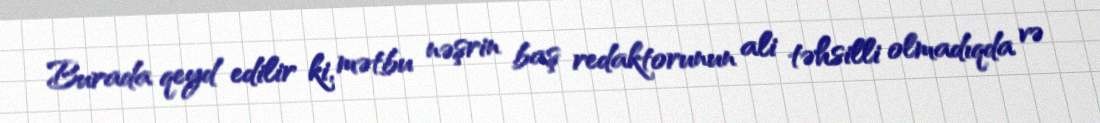
Burada qeyd edilir ki, mətbu nəşrin baş redaktorunun ali təhsilli olmadıqda və